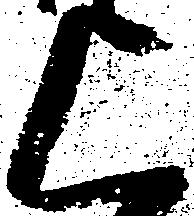
上